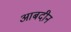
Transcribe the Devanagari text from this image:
आबदीन